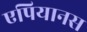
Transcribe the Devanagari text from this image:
एपियानस